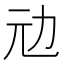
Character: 𠠺